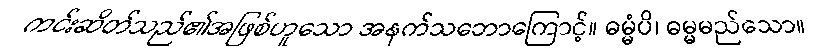
ကင်းဆိတ်သည်၏အဖြစ်ဟူသော အနက်သဘောကြောင့်။ ဓမ္မံပိ၊ ဓမ္မမည်သော။